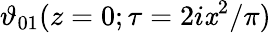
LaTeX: \vartheta_{01}(z=0;\tau=2i\mathit{x}^{2}/\pi)